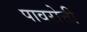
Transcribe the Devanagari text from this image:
पावरोत्ती